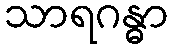
သာရဂန္ဓာ